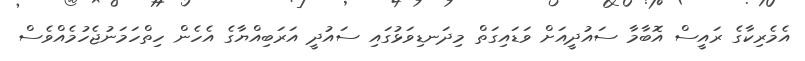
އެމެރިކާގެ ރައީސް އޮބާމާ ސައުދީއަށް ވަޑައިގަތް މިދަނޑިވަޅުގައި ސައުދީ އަރަބިއްޔާގެ އެހެން ހިތްހަމަނުޖެހުމެއްވެސް